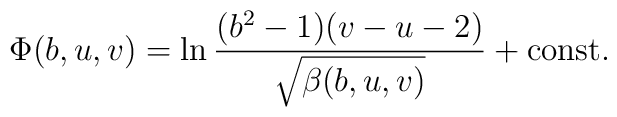
\Phi(b,u,v)=\ln\frac{(b^2-1)(v-u-2)}{\sqrt{\beta(b,u,v)}}+\mbox{const.}